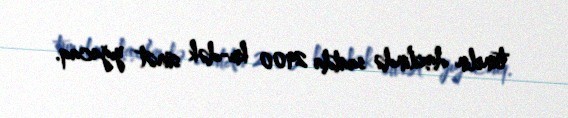
tunelin daxilində saatda 2900 km-dək sürət yığacaq.